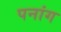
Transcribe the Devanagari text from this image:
पनांग